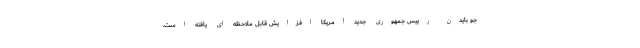
جو بایدن رییس جمهوری جدید آمریکا افزایش قابل ملاحظه ای یافته است.